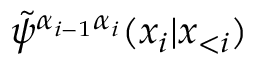
\tilde { \psi } ^ { \alpha _ { i - 1 } \alpha _ { i } } ( x _ { i } | \boldsymbol x _ { < i } )